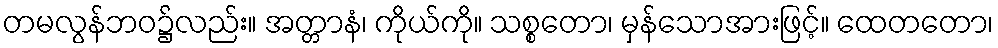
တမလွန်ဘဝ၌လည်း။ အတ္တာနံ၊ ကိုယ်ကို။ သစ္စတော၊ မှန်သောအားဖြင့်။ ထေတတော၊